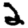
Digit: 2